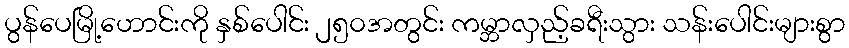
ပွန်ပေမြို့ဟောင်းကို နှစ်ပေါင်း ၂၅၀အတွင်း ကမ္ဘာလှည့်ခရီးသွား သန်းပေါင်းများစွာ